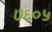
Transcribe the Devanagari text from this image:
७६०५